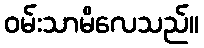
ဝမ်းသာမိလေသည်။